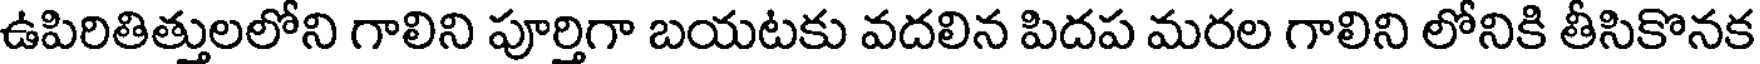
ఉపిరితిత్తులలోని గాలిని పూర్తిగా బయటకు వదలిన పిదప మరల గాలిని లోనికి తీసికొనక